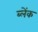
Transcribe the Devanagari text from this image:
ब्लेंक